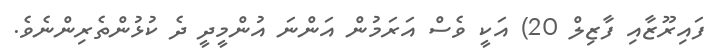
ފައިރޫޒާއި ފާޒިލް 20) އަކީ ވެސް އަރަމުން އަންނަ އުންމީދީ ދެ ކުޅުންތެރިންނެވެ.